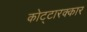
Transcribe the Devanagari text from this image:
कोट्टारक्कार